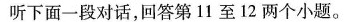
听下面一段对话,回答第11至12两个小题.。